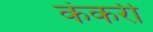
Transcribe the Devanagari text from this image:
कंकरी